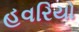
હવરિયો